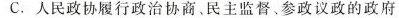
C.人民政协履行政治协商。民主监督、参政议政的政府